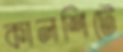
কালশিটে